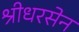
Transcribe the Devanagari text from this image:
श्रीधरसेन